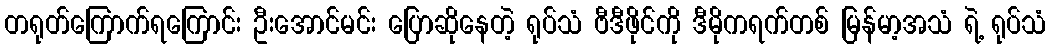
တရုတ်ကြောက်ရကြောင်း ဦးအောင်မင်း ပြောဆိုနေတဲ့ ရုပ်သံ ဗီဒီဖိုင်ကို ဒီမိုကရက်တစ် မြန်မာ့အသံ ရဲ့ ရုပ်သံ